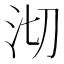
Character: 沏